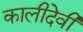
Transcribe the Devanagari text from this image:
कालीदेवी